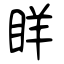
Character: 眻